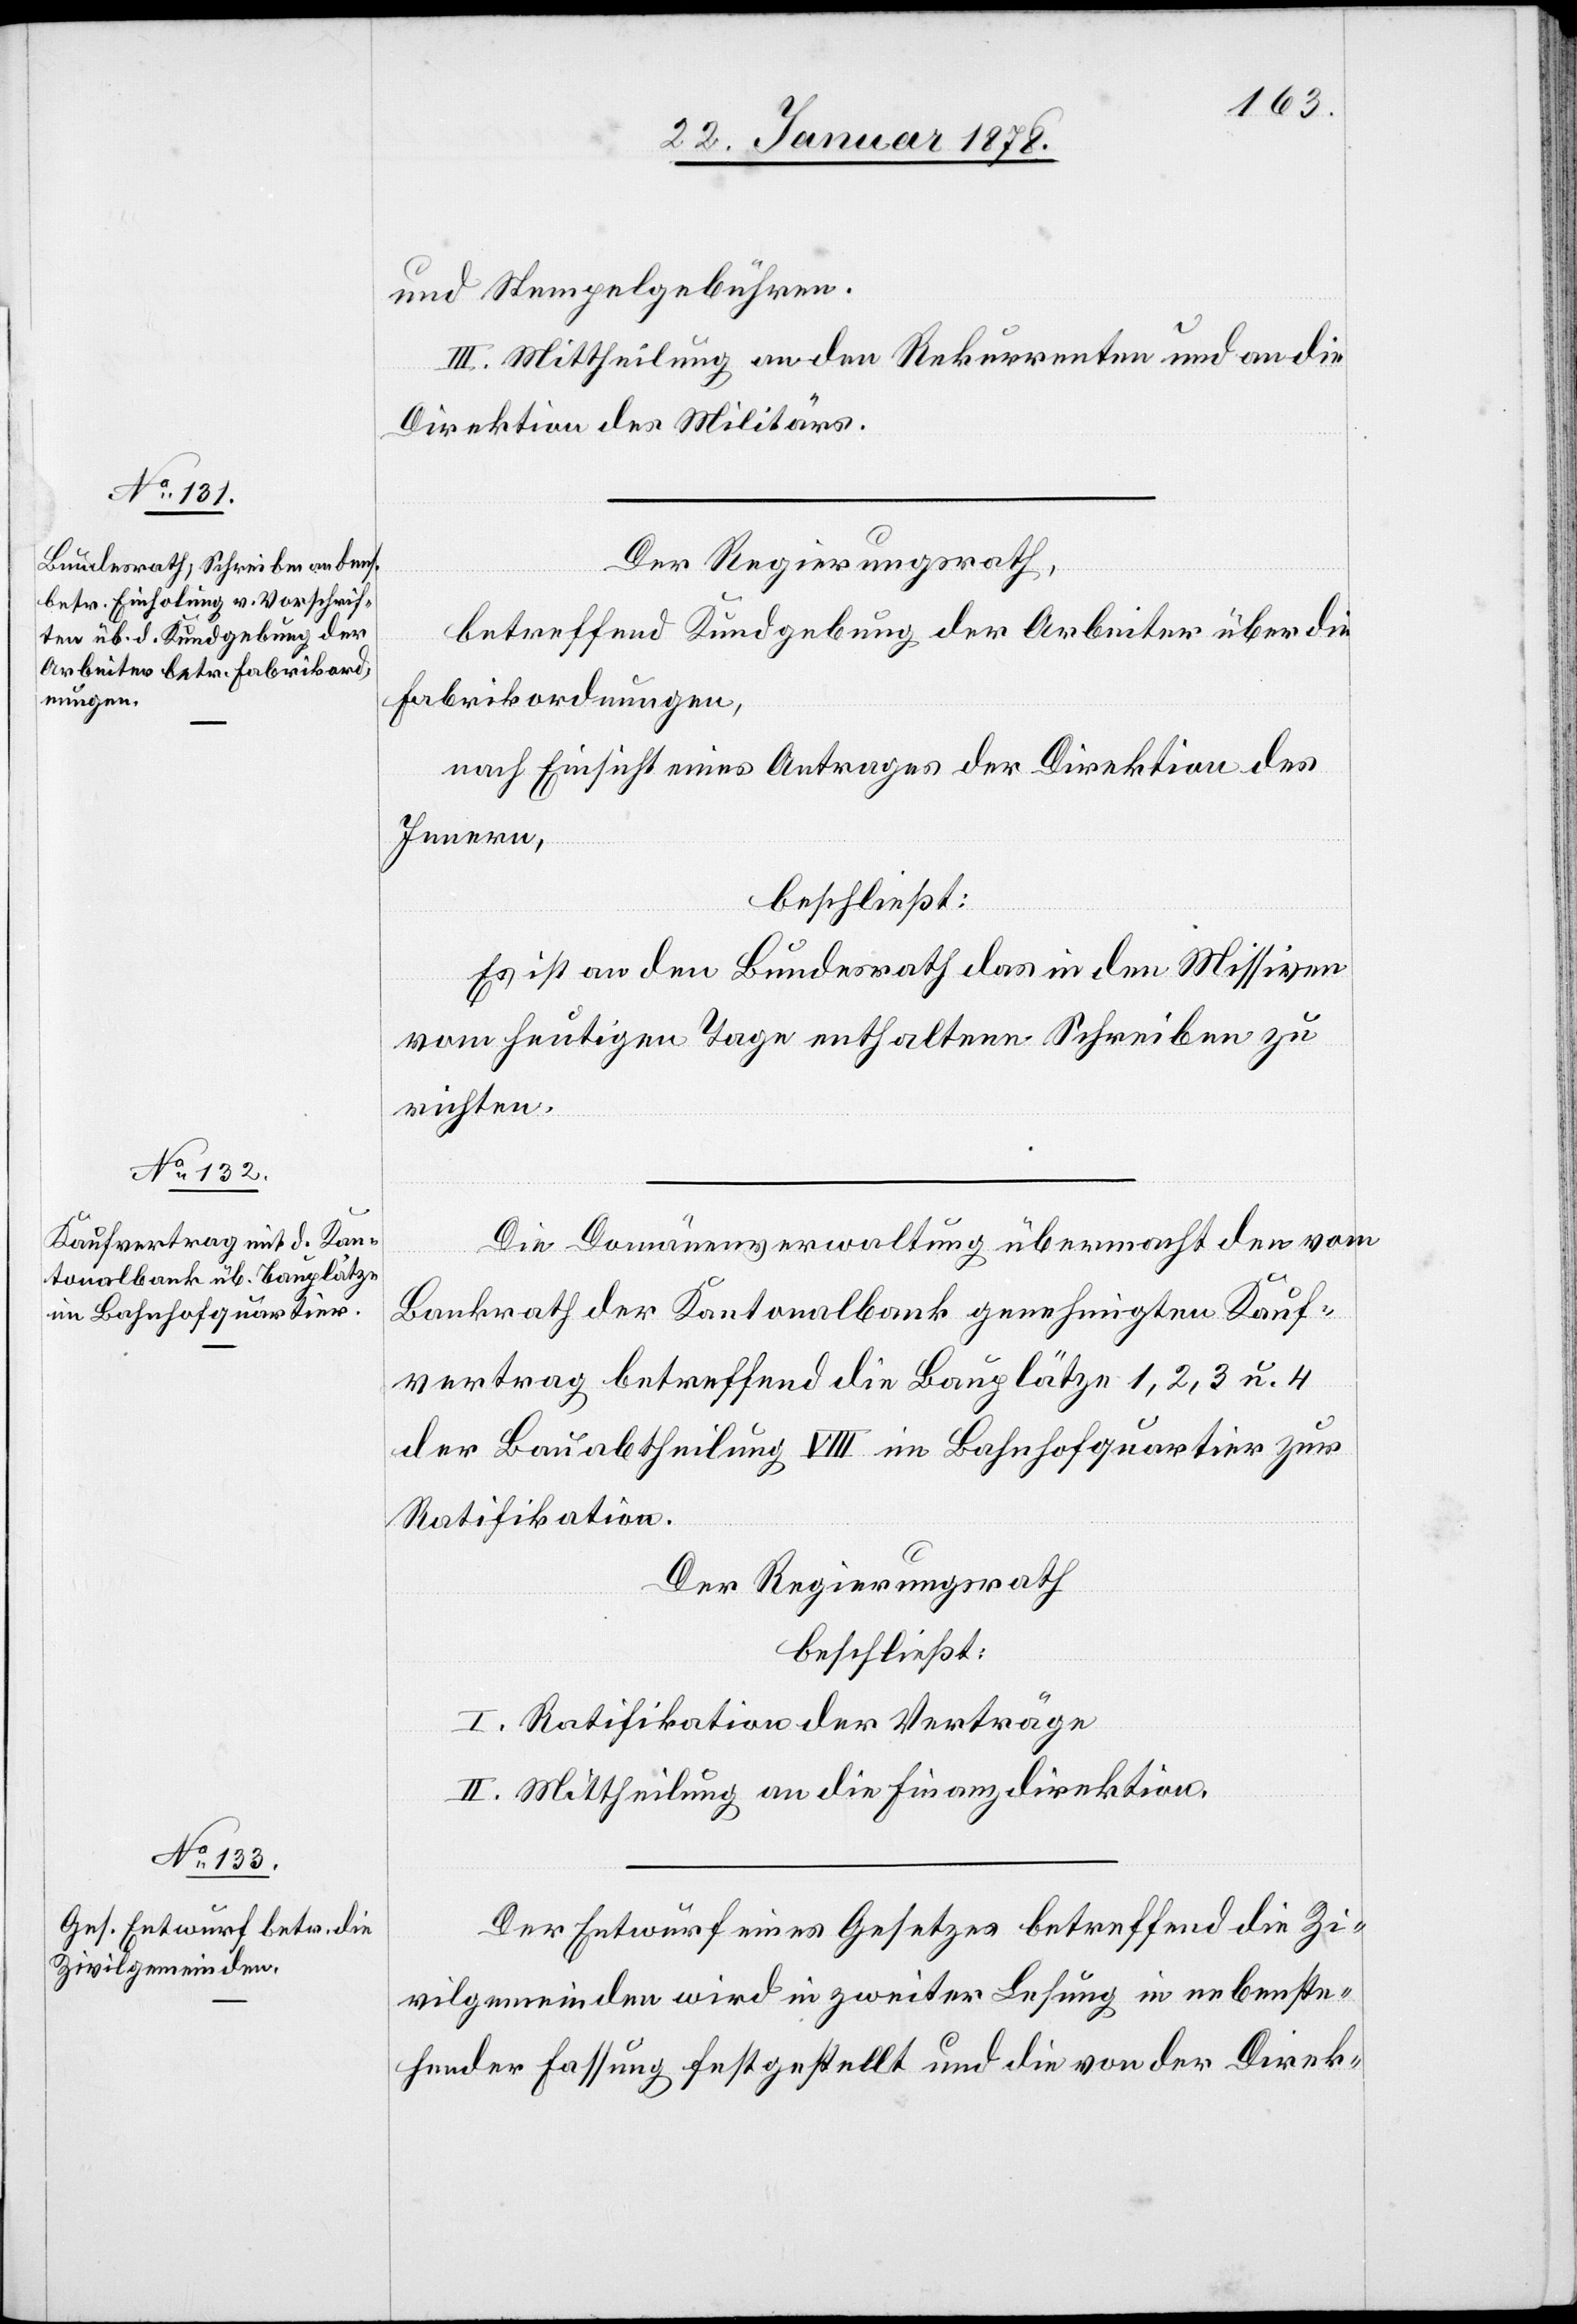
und Stempelgebühren.
III. Mittheilung an den Rekurrenten und an die
Direktion des Militärs.
Der Regierungsrath,
betreffend Kundgebung der Arbeiter über die
Fabrikordnungen,
nach Einsicht eines Antrages der Direktion des
Innern,
beschließt:
Es ist an den Bundesrath das in den Missiven
vom heutigen Tage enthaltene Schreiben zu
richten.
Die Domänenverwaltung übermacht den vom
Bankrath der Kantonalbank genehmigten Kauf¬
vertrag betreffend die Bauplätze 1, 2, 3 u. 4
der Bauabtheilung VIII im Bahnhofquartier zur
Ratifikation.
Der Regierungsrath
beschließt:
I. Ratifikation der Verträge.
II. Mittheilung an die Finanzdirektion.
Der Entwurf eines Gesetzes betreffend die Zi¬
vilgemeinden wird in zweiter Lesung in nebenste¬
hender Fassung festgestellt und die von der Direk-